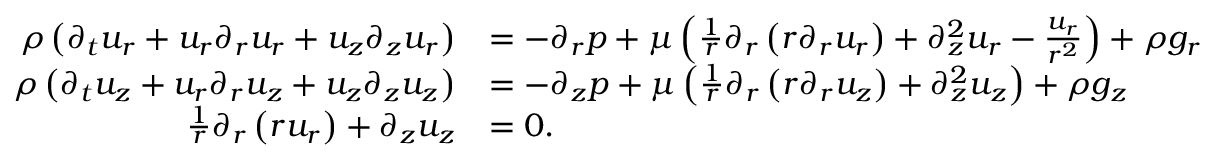
{ \begin{array} { r l } { \rho \left( { \partial _ { t } u _ { r } } + u _ { r } { \partial _ { r } u _ { r } } + u _ { z } { \partial _ { z } u _ { r } } \right) } & { = - { \partial _ { r } p } + \mu \left( { \frac { 1 } { r } } \partial _ { r } \left( r { \partial _ { r } u _ { r } } \right) + { \partial _ { z } ^ { 2 } u _ { r } } - { \frac { u _ { r } } { r ^ { 2 } } } \right) + \rho g _ { r } } \\ { \rho \left( { \partial _ { t } u _ { z } } + u _ { r } { \partial _ { r } u _ { z } } + u _ { z } { \partial _ { z } u _ { z } } \right) } & { = - { \partial _ { z } p } + \mu \left( { \frac { 1 } { r } } \partial _ { r } \left( r { \partial _ { r } u _ { z } } \right) + { \partial _ { z } ^ { 2 } u _ { z } } \right) + \rho g _ { z } } \\ { { \frac { 1 } { r } } \partial _ { r } \left( r u _ { r } \right) + { \partial _ { z } u _ { z } } } & { = 0 . } \end{array} }